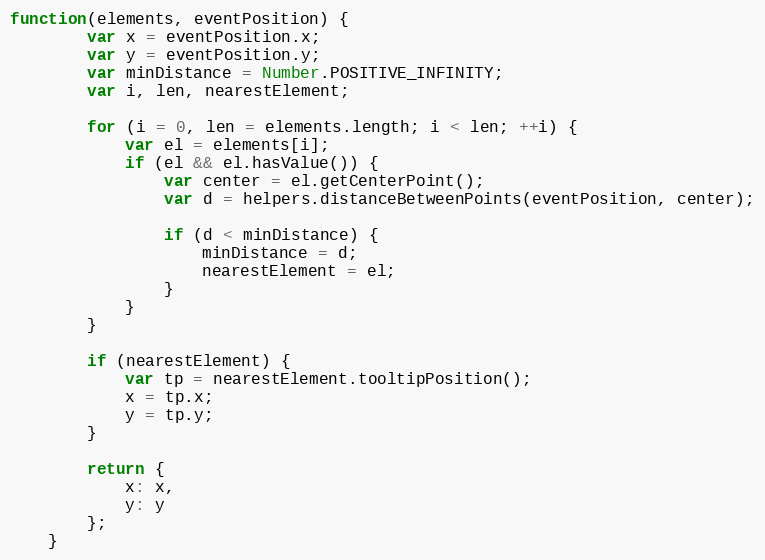
Language: JavaScript
function(elements, eventPosition) {
		var x = eventPosition.x;
		var y = eventPosition.y;
		var minDistance = Number.POSITIVE_INFINITY;
		var i, len, nearestElement;

		for (i = 0, len = elements.length; i < len; ++i) {
			var el = elements[i];
			if (el && el.hasValue()) {
				var center = el.getCenterPoint();
				var d = helpers.distanceBetweenPoints(eventPosition, center);

				if (d < minDistance) {
					minDistance = d;
					nearestElement = el;
				}
			}
		}

		if (nearestElement) {
			var tp = nearestElement.tooltipPosition();
			x = tp.x;
			y = tp.y;
		}

		return {
			x: x,
			y: y
		};
	}